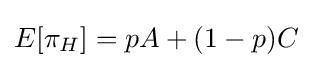
E[\pi _{H}]=pA+(1-p)C